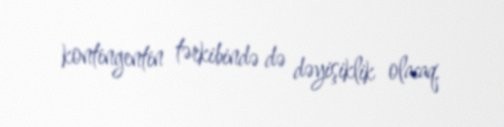
kontingentin tərkibində də dəyişiklik olacaq.